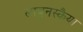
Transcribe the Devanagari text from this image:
लाबुनस्कैया